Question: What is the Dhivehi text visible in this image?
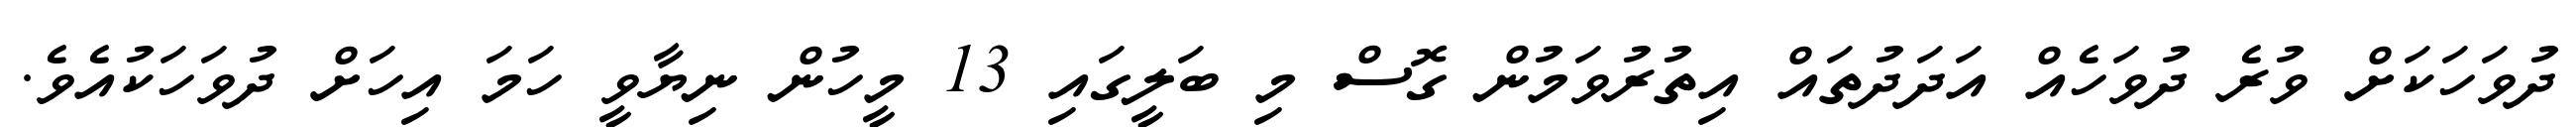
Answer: ދުވަހަކަށް ވުރެ ދުވަހެއް އަދަދުތައް އިތުރުވަމުން ގޮސް މި ބަލީގައި 13 މީހުން ނިޔާވީ ހަމަ އިހަށް ދުވަހަކުއެވެ.